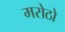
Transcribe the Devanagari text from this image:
मरोठो